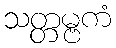
သတ္တမ္ဗကံ